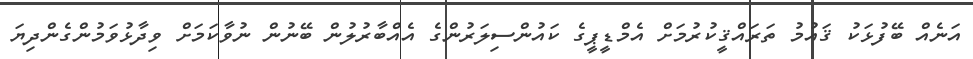
އަނެއް ބޭފުޅަކު ޤައުމު ތަރައްޤީކުރުމަށް އެމްޑީޕީގެ ކައުންސިލަރުންގެ އެއްބާރުލުން ބޭނުން ނުވާކަމަށް ވިދާޅުވަމުންގެންދިޔަ